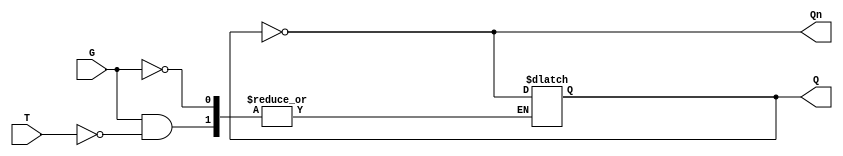
module Gated_T_Latch (
    input wire T,      // Toggle input
    input wire G,      // Gate signal
    output reg Q,      // Output Q
    output wire Qn     // Complement of Q
);

    assign Qn = ~Q; // Q' is the complement of Q

    always @(*) begin
        if (G) begin
            if (T) begin
                Q <= ~Q; // Toggle the state of Q
            end
            // If T is 0, Q remains unchanged
        end
        // If G is 0, Q remains unchanged
    end

endmodule